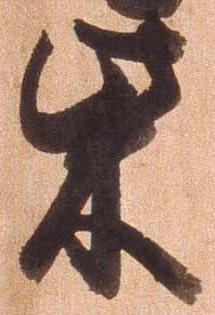
柴